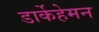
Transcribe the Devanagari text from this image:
डार्केहेमन